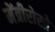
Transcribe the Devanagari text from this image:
मेंत्रीरोसो